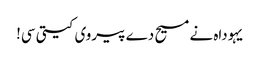
یہوداہ نے مسیح دے پیروی کیتی سی!